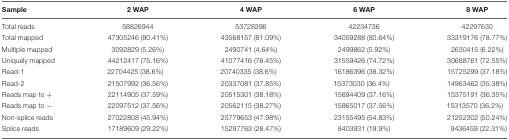
<table><thead><tr><td><b>Sample</b></td><td><b>2 WAP</b></td><td><b>4 WAP</b></td><td><b>6 WAP</b></td><td><b>8 WAP</b></td></tr></thead><tbody><tr><td>Total reads</td><td>58826944</td><td>53728396</td><td>42234736</td><td>42297630</td></tr><tr><td>Total mapped</td><td>47305246 (80.41%)</td><td>43568157 (81.09%)</td><td>34059288 (80.64%)</td><td>33319176 (78.77%)</td></tr><tr><td>Multiple mapped</td><td>3092829 (5.26%)</td><td>2490741 (4.64%)</td><td>2499862 (5.92%)</td><td>2630415 (6.22%)</td></tr><tr><td>Uniquely mapped</td><td>44212417 (75.16%)</td><td>41077416 (76.45%)</td><td>31559426 (74.72%)</td><td>30688761 (72.55%)</td></tr><tr><td>Read-1</td><td>22704425 (38.6%)</td><td>20740335 (38.6%)</td><td>16186396 (38.32%)</td><td>15725299 (37.18%)</td></tr><tr><td>Read-2</td><td>21507992 (36.56%)</td><td>20337081 (37.85%)</td><td>15373030 (36.4%)</td><td>14963462 (35.38%)</td></tr><tr><td>Reads map to +</td><td>22114905 (37.59%)</td><td>20515301 (38.18%)</td><td>15694409 (37.16%)</td><td>15375191 (36.35%)</td></tr><tr><td>Reads map to -</td><td>22097512 (37.56%)</td><td>20562115 (38.27%)</td><td>15865017 (37.56%)</td><td>15313570 (36.2%)</td></tr><tr><td>Non-splice reads</td><td>27022808 (45.94%)</td><td>25779653 (47.98%)</td><td>23155495 (54.83%)</td><td>21252302 (50.24%)</td></tr><tr><td>Splice reads</td><td>17189609 (29.22%)</td><td>15297763 (28.47%)</td><td>8403931 (19.9%)</td><td>9436459 (22.31%)</td></tr></tbody></table>